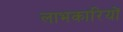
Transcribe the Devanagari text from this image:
लाभकारियों